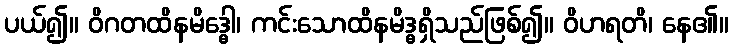
ပယ်၍။ ဝိဂတထိနမိဒ္ဓေါ၊ ကင်းသောထိနမိဒ္ဓရှိသည်ဖြစ်၍။ ဝိဟရတိ၊ နေ၏။